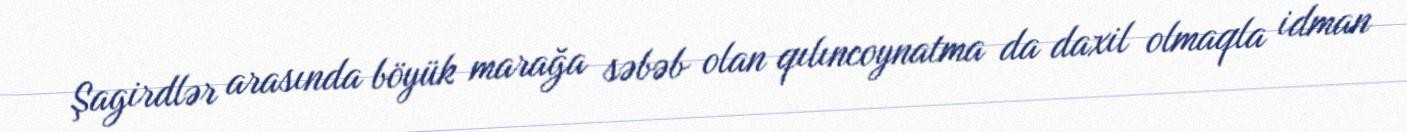
Şagirdlər arasında böyük marağa səbəb olan qılıncoynatma da daxil olmaqla idman